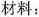
材料：